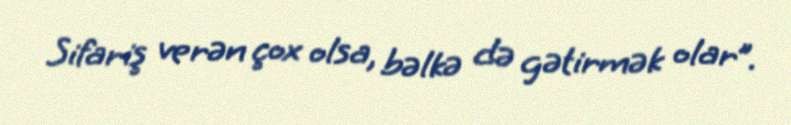
Sifariş verən çox olsa, bəlkə də gətirmək olar”.